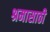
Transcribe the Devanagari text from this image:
श्रमासाठी